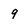
Character: 9